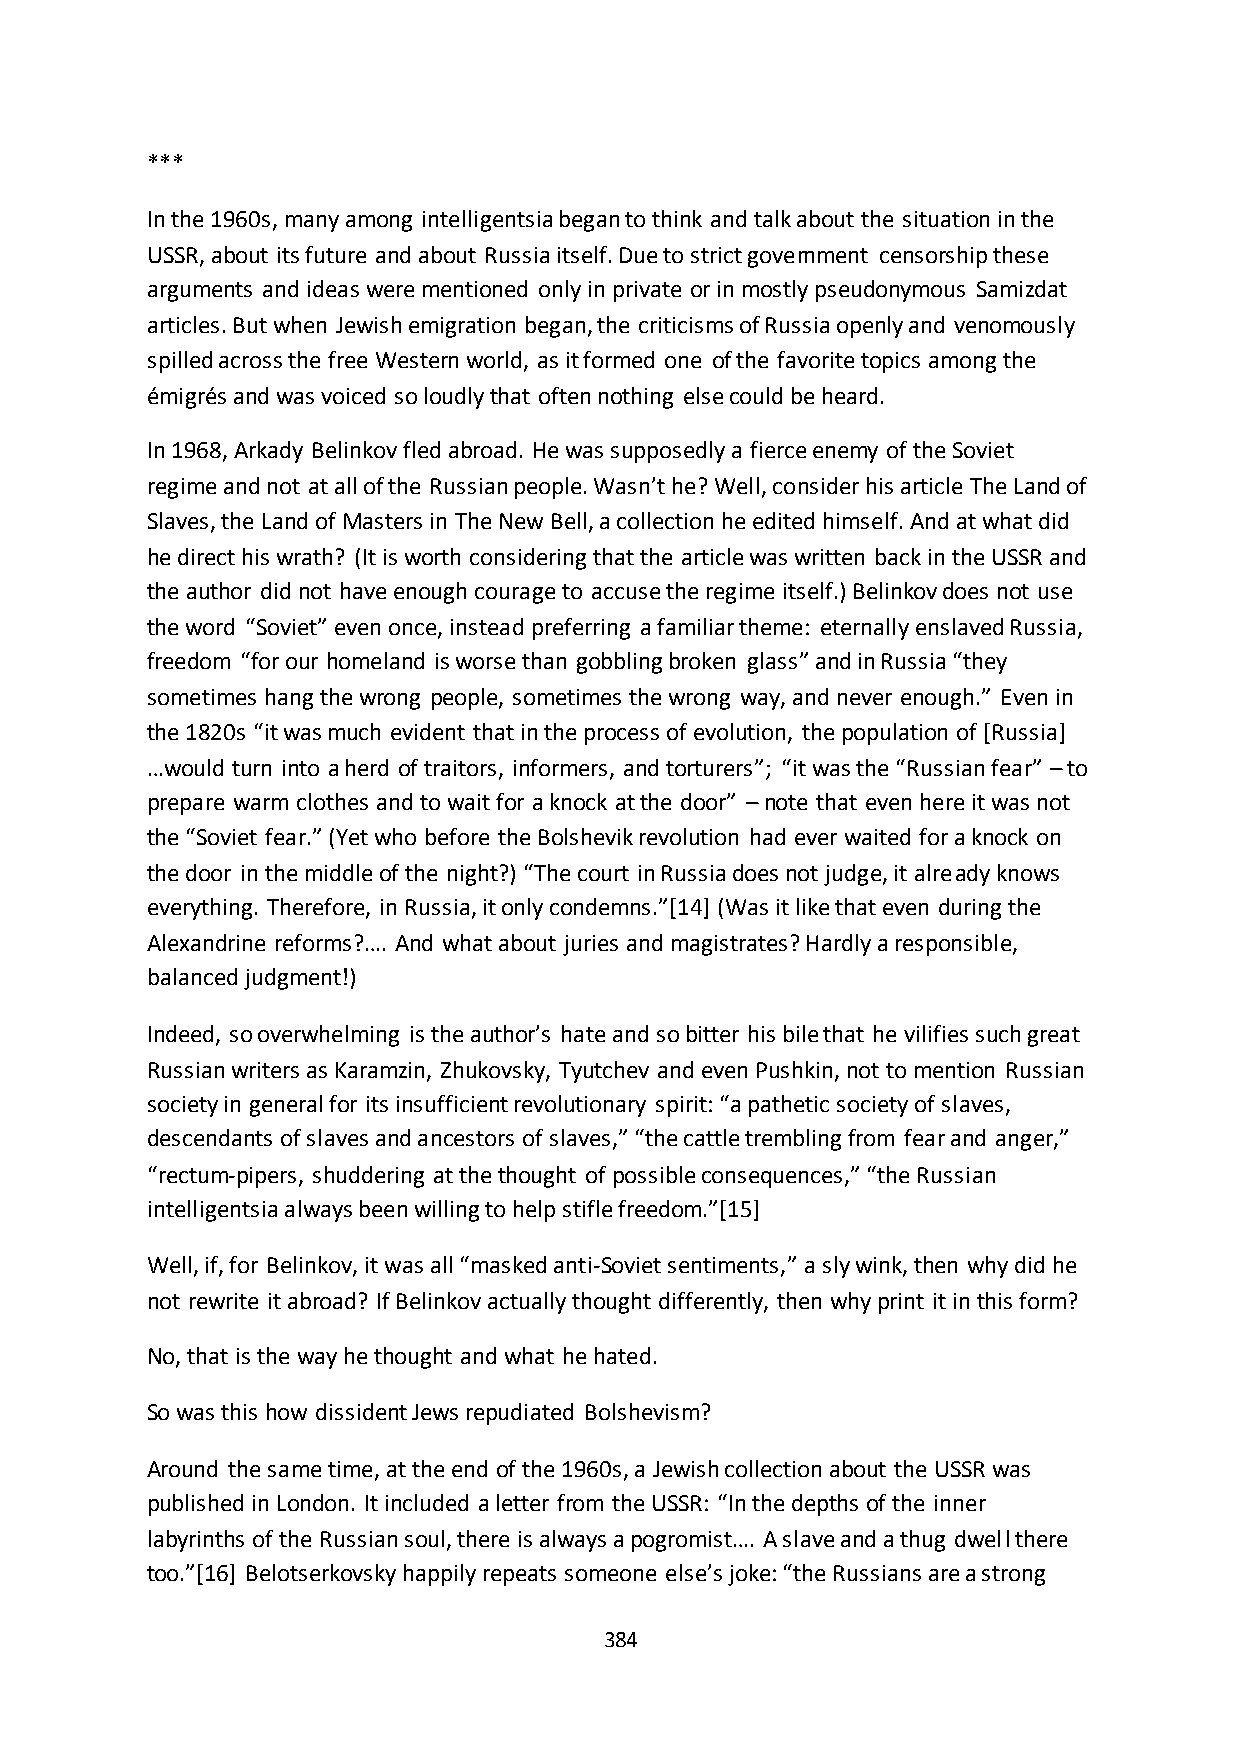
***
 In the 1960s, many among intelligentsia began to think and talk about the situation in the
 USSR, about its future and about Russia itself. Due to strict government censorship these
 arguments and ideas were mentioned only in private or in mostly pseudonymous Samizdat
 articles. But when Jewish emigration began, the criticisms of Russia openly and venomously
 spilled across the free Western world, as it formed one of the favorite topics among the
 émigrés and was voiced so loudly that often nothing else could be heard.
 In 1968, Arkady Belinkov fled abroad. He was supposedly a fierce enemy of the Soviet
 regime and not at all of the Russian people. Wasn’t he? Well, consider his article The Land of
 Slaves, the Land of Masters in The New Bell, a collection he edited himself. And at what did
 he direct his wrath? (It is worth considering that the article was written back in the USSR and
 the author did not have enough courage to accuse the regime itself.) Belinkov does not use
 the word “Soviet” even once, instead preferring a familiar theme: eternally enslaved Russia,
 freedom “for our homeland is worse than gobbling broken glass” and in Russia “they
 sometimes hang the wrong people, sometimes the wrong way, and never enough.” Even in
 the 1820s “it was much evident that in the process of evolution, the population of *Russia+
 …would turn into a herd of traitors, informers, and torturers”; “it was the “Russian fear” – to
 prepare warm clothes and to wait for a knock at the door” – note that even here it was not
 the “Soviet fear.” (Yet who before the Bolshevik revolution had ever waited for a knock on
 the door in the middle of the night?) “The court in Russia does not judge, it already knows
 everything. Therefore, in Russia, it only condemns.”*14+ (Was it like that even during the
 Alexandrine reforms?…. And what about juries and magistrates? Hardly a responsible,
 balanced judgment!)
 Indeed, so overwhelming is the author’s hate and so bitter his bile that he vilifies such great
 Russian writers as Karamzin, Zhukovsky, Tyutchev and even Pushkin, not to mention Russian
 society in general for its insufficient revolutionary spirit: “a pathetic society of slaves,
 descendants of slaves and ancestors of slaves,” “the cattle trembling from fear and anger,”
 “rectum-pipers, shuddering at the thought of possible consequences,” “the Russian
 intelligentsia always been willing to help stifle freedom.”*15+
 Well, if, for Belinkov, it was all “masked anti-Soviet sentiments,” a sly wink, then why did he
 not rewrite it abroad? If Belinkov actually thought differently, then why print it in this form?
 No, that is the way he thought and what he hated.
 So was this how dissident Jews repudiated Bolshevism?
 Around the same time, at the end of the 1960s, a Jewish collection about the USSR was
 published in London. It included a letter from the USSR: “In the depths of the inner
 labyrinths of the Russian soul, there is always a pogromist…. A slave and a thug dwell there
 too.”*16+ Belotserkovsky happily repeats someone else’s joke: “the Russians are a strong
 384